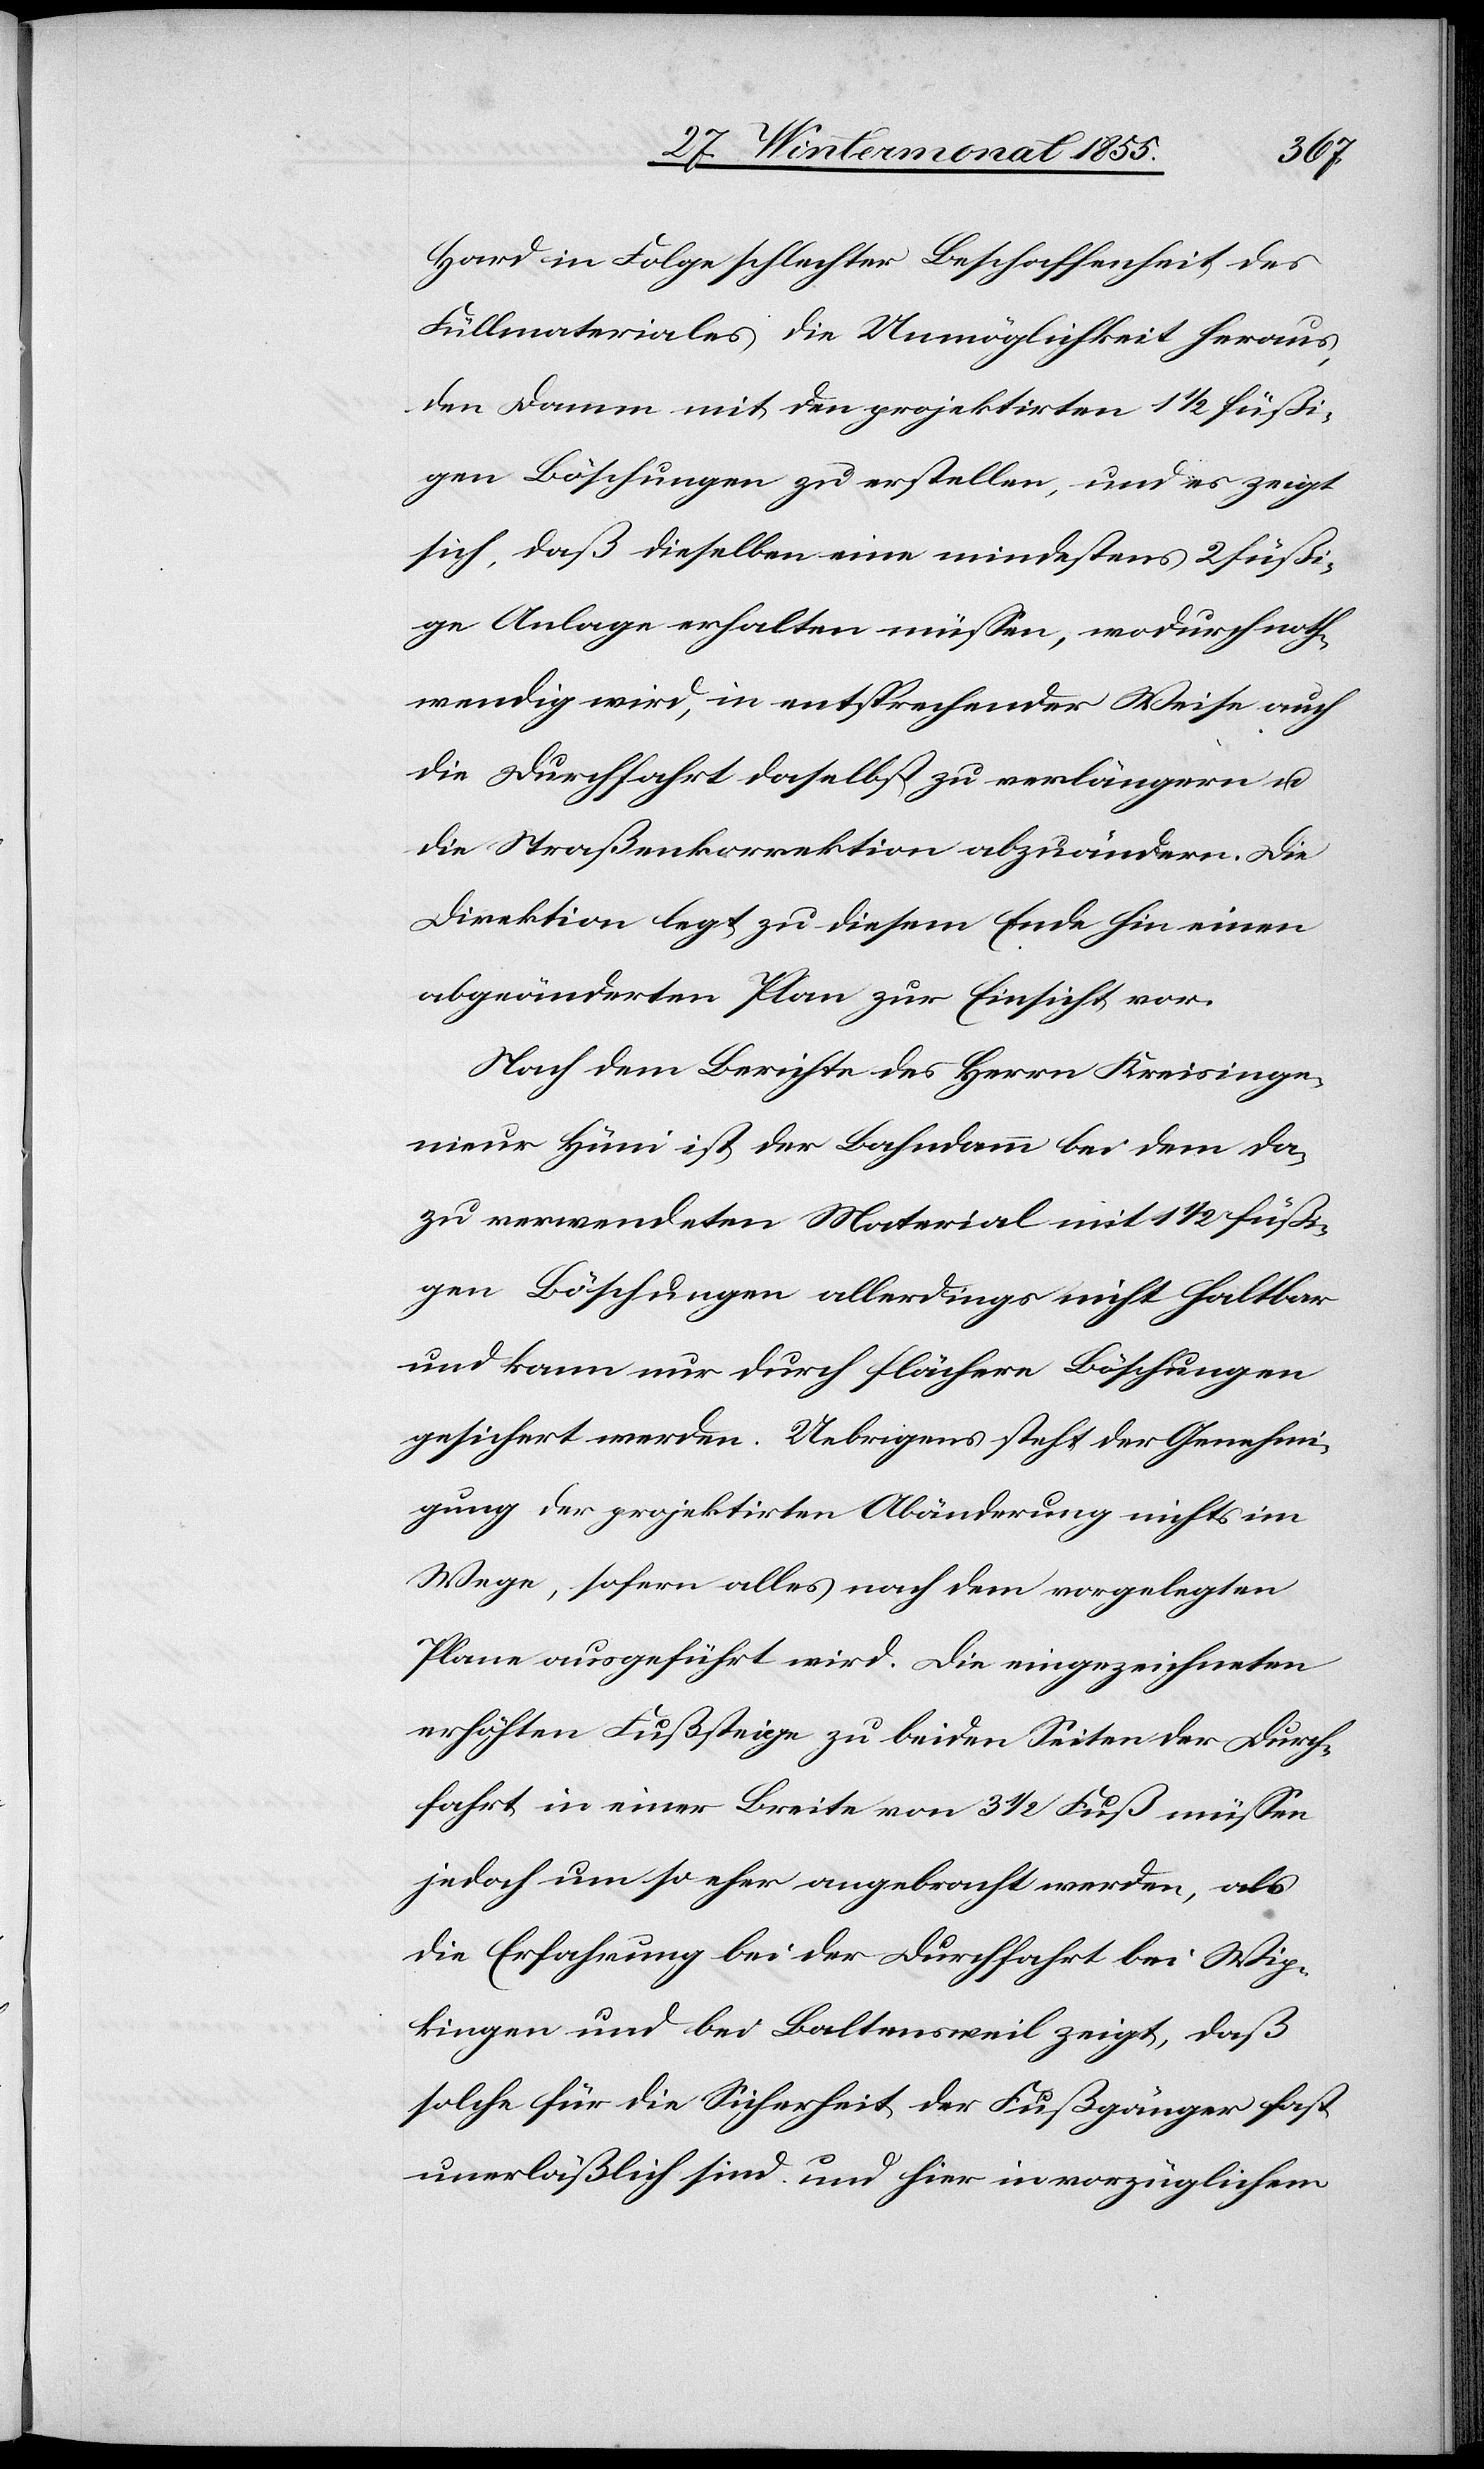
Hard in Folge schlechter Beschaffenheit des
Füllmateriales die Unmöglichkeit heraus,
den Damm mit den projektirten 1 1/2 füßi¬
gen Böschungen zu erstellen, und es zeigt
sich, daß dieselben eine mindestens 2 füßi¬
ge Anlage erhalten müssen, wodurch noth¬
wendig wird, in entsprechender Weise auch
die Durchfahrt daselbst zu verlängern u.
die Straßenkorrektion abzuändern. Die
Direktion legt zu diesem Ende hin einen
abgeänderten Plan zur Einsicht vor.
Nach dem Berichte des Herrn Kreisinge¬
nieur Hüni ist der Bahndamm bei dem da¬
zu verwendeten Material mit 1 1/2 füßi¬
gen Böschungen allerdings nicht haltbar
und kann nur durch flächere Böschungen
gesichert werden. Uebrigens steht der Genehmi¬
gung der projektirten Abänderung nichts im
Wege, sofern alles nach dem vorgelegten
Plane ausgeführt wird. Die eingezeichneten
erhöhten Fußsteige zu beiden Seiten der Durch¬
fahrt in einer Breite von 3 1/2 Fuß müssen
jedoch um so eher angebracht werden, als
die Erfahrung bei der Durchfahrt bei Wip¬
kingen und bei Baltensweil zeigt, daß
solche für die Sicherheit der Fußgänger fast
unerläßlich sind und hier in vorzüglichem